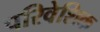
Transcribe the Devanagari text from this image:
परिवेशिक